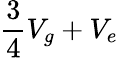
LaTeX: {\frac{3}{4}}V_{g}+V_{e}